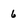
Character: 6